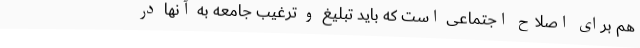
هم برای اصلاح اجتماعی است که باید تبلیغ و ‌ترغیب جامعه به آنها در